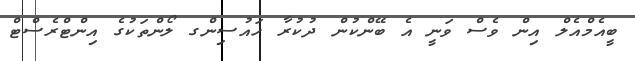
ބީއެމްއެލް އިން ވެސް ވަނީ އެ ބޭންކުން ދުކުރާ ހައުސިންގ ލޯންތަކުގެ އިންޓްރެސްޓް